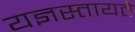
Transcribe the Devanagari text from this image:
यज्ञस्तायते